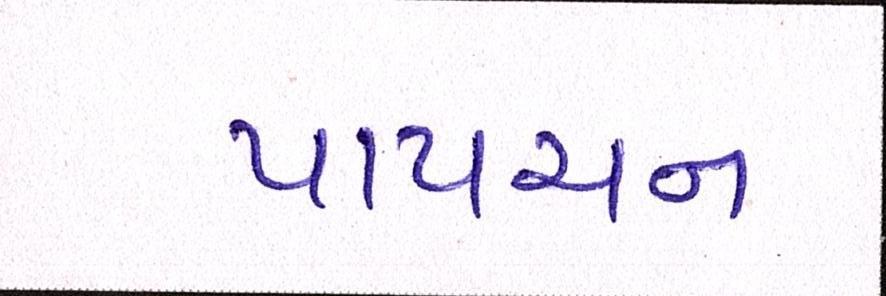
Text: પાપચન